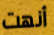
أنهت